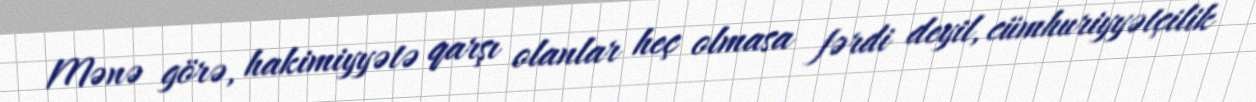
Mənə görə, hakimiyyətə qarşı olanlar heç olmasa fərdi deyil, cümhuriyyətçilik